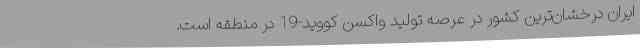
ایران درخشان‌ترین کشور در عرصه تولید واکسن کووید-19 در منطقه است.